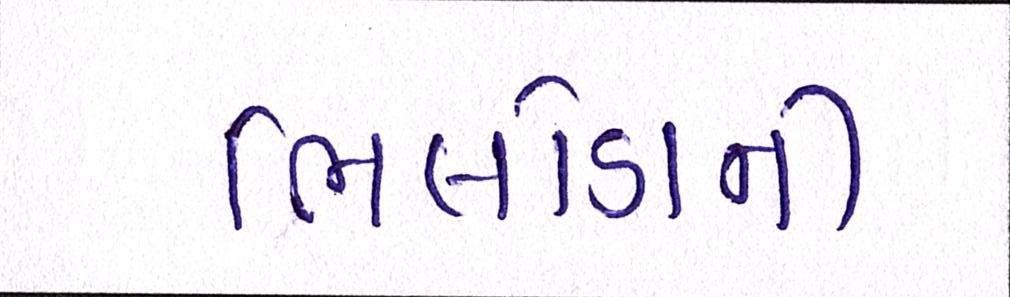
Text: ભિલોડાની